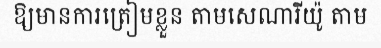
ឱ្យមានការត្រៀមខ្លួន តាមសេណារីយ៉ូ តាម